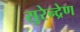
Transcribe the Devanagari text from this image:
सुरेन्द्रेण